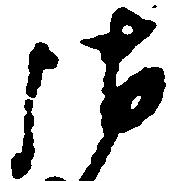
御